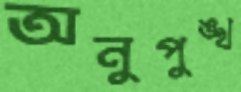
অনুপুঙ্খ